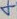
Text: 4